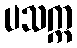
ပသက္က